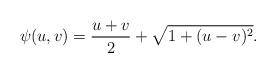
LaTeX: \begin{align*}\psi(u,v) = \frac{u+v}{2} + \sqrt{1+(u-v)^2}.\end{align*}